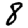
Digit: 8